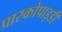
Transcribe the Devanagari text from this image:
प्रास्कोपाइडी